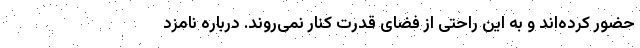
حضور کرده‌اند و به این راحتی از فضای قدرت کنار نمی‌روند. درباره نامزد